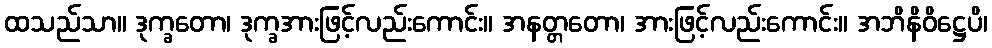
ထသည်သာ။ ဒုက္ခတော၊ ဒုက္ခအားဖြင့်လည်းကောင်း။ အနတ္တတော၊ အားဖြင့်လည်းကောင်း။ အဘိနိဝိဋ္ဌေပိ၊